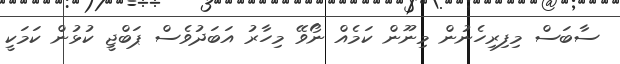
ސާބަސް މިފިރިހެނުން މިނޫން ކަމެެއް ނޯވޭ މިހާރު އަބަދުވެސް ޕަބްޖީ ކުޅުން ކަމަކީ